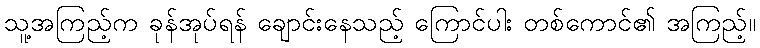
သူ့အကြည့်က ခုန်အုပ်ရန် ချောင်းနေသည့် ကြောင်ပါး တစ်ကောင်၏ အကြည့်။